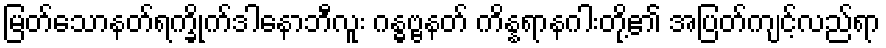
မြတ်သောနတ်ရက္ခိုက်ဒါနောဘီလူး ဂန္ဓဗ္ဗနတ် ကိန္နရာနဂါးတို့၏ အပြတ်ကျင့်လည်ရာ